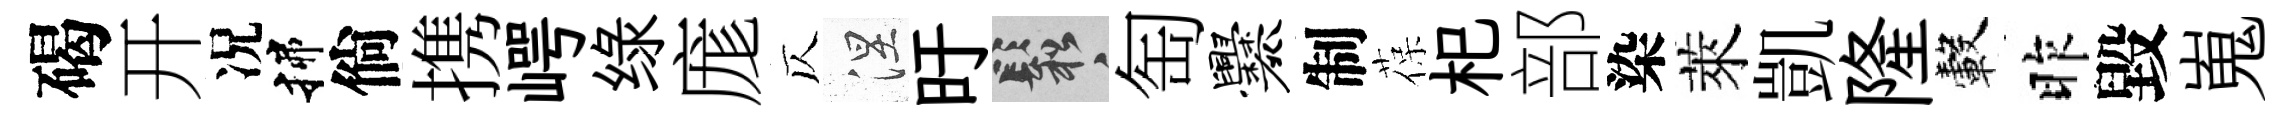
碣开况揲倘携崿绿庬仄涅旴鬆匋爨制葆𣏌部染萊凱隆轂昨毀嵬